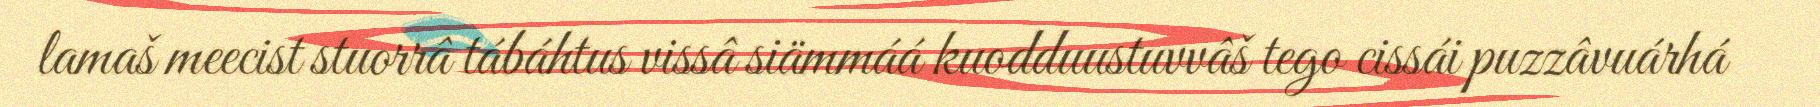
lamaš meecist stuorrâ tábáhtus vissâ siämmáá kuodduustuvvâš tego cissái puzzâvuárhá